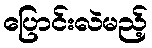
ပြောင်းလဲမည့်